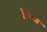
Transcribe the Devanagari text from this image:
जौ़सेन